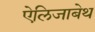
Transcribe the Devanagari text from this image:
ऐलिजाबेथ